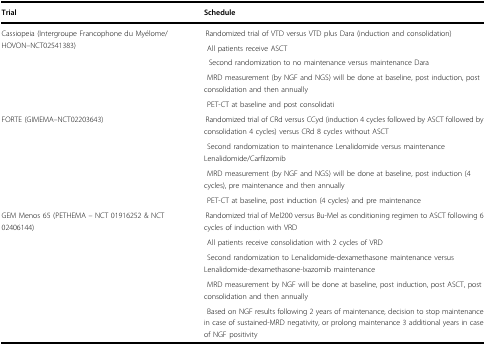
| Trial | Schedule |
 | --- | --- |
 | <ROWSPAN=5> Cassiopeia (Intergroupe Francophone du Myélome/HOVON–NCT02541383) | Randomized trial of VTD versus VTD plus Dara (induction and consolidation) |
 | All patients receive ASCT |
 | Second randomization to no maintenance versus maintenance Dara |
 | MRD measurement (by NGF and NGS) will be done at baseline, post induction, post consolidation and then annually |
 | PET-CT at baseline and post consolidati |
 | <ROWSPAN=4> FORTE (GIMEMA–NCT02203643) | Randomized trial of CRd versus CCyd (induction 4 cycles followed by ASCT followed by consolidation 4 cycles) versus CRd 8 cycles without ASCT |
 | Second randomization to maintenance Lenalidomide versus maintenance Lenalidomide/Carfilzomib |
 | MRD measurement (by NGF and NGS) will be done at baseline, post induction (4 cycles), pre maintenance and then annually |
 | PET-CT at baseline, post induction (4 cycles) and pre maintenance |
 | <ROWSPAN=5> GEM Menos 65 (PETHEMA – NCT 01916252 & NCT 02406144) | Randomized trial of Mel200 versus Bu-Mel as conditioning regimen to ASCT following 6 cycles of induction with VRD |
 | All patients receive consolidation with 2 cycles of VRD |
 | Second randomization to Lenalidomide-dexamethasone maintenance versus Lenalidomide-dexamethasone-Ixazomib maintenance |
 | MRD measurement by NGF will be done at baseline, post induction, post ASCT, post consolidation and then annually |
 | Based on NGF results following 2 years of maintenance, decision to stop maintenance in case of sustained-MRD negativity, or prolong maintenance 3 additional years in case of NGF positivity |